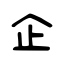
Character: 企